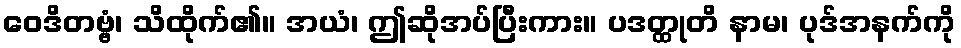
ဝေဒိတဗ္ဗံ၊ သိထိုက်၏။ အယံ၊ ဤဆိုအပ်ပြီးကား။ ပဒတ္ထုတိ နာမ၊ ပုဒ်အနက်ကို